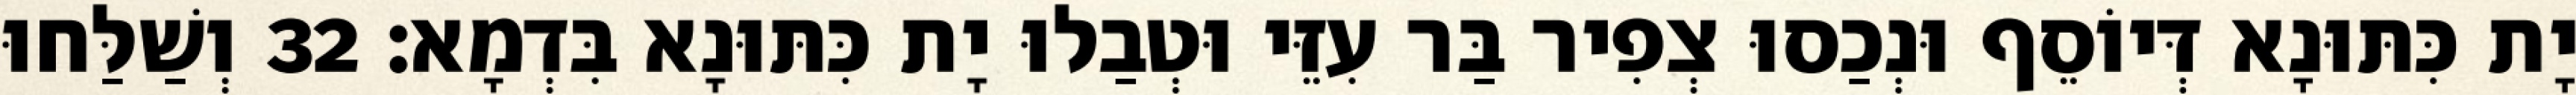
יָת כִּתּוּנָא דְּיוֹסֵף וּנְכַסוּ צְפִיר בַּר עִזֵּי וּטְבַלוּ יָת כִּתּוּנָא בִּדְמָא׃ 32 וְשַׁלַּחוּ